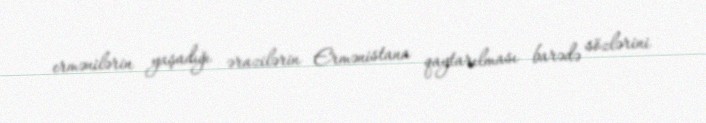
ermənilərin yaşadığı ərazilərin Ermənistana qaytarılması barədə sözlərini